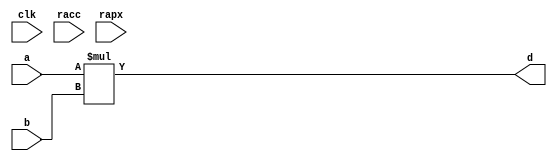
module conf_int_mul__noFF__arch_agnos( clk, racc, rapx, a, b, d);
   parameter OP_BITWIDTH = 16; 
   parameter DATA_PATH_BITWIDTH = 24;
   
   input clk;
   input racc;
   input rapx;
   input [DATA_PATH_BITWIDTH -1: 0] a;
   input [DATA_PATH_BITWIDTH -1 - 11: 0] b;
   output [(DATA_PATH_BITWIDTH + DATA_PATH_BITWIDTH ) - 1 - 11 : 0] d;
   assign d = $signed(a) * $signed(b);
endmodule

// *** F:DN multiplier wrapper
//module conf_int_mul__noFF__arch_agnos__w_wrapper( clk, racc, rapx, A_in_to_wrapper, B_in_to_wrapper, d, state, rstP, P, count0);

module conf_int_mul__noFF__arch_agnos__w_wrapper (A_in_to_wrapper, B_in_to_wrapper, state_in_to_wrapper, rstP, clk, racc,rapx, P, count0, state_out_of_wrapper);
   parameter OP_BITWIDTH = 16; //operator bit width
   parameter DATA_PATH_BITWIDTH = 24; //flip flop Bit width
   
   input [DATA_PATH_BITWIDTH -1: 0] A_in_to_wrapper;
   input [DATA_PATH_BITWIDTH -1 - 11: 0] B_in_to_wrapper;
   input [8:0] count0;
   input [2:0] state_in_to_wrapper;      
   output [2:0] state_out_of_wrapper;      
   input rstP; 
   input clk;
   input racc; //accurate bits reset  
   input rapx; //apx bits reset
   output [31:0] P; 

   wire [DATA_PATH_BITWIDTH -1: 0] A_in;
   wire [DATA_PATH_BITWIDTH -1 -11: 0] B_in;
   //wire [2*(DATA_PATH_BITWIDTH) - 1 : 0] d_;
   wire [(DATA_PATH_BITWIDTH + DATA_PATH_BITWIDTH) - 1 -11: 0] d_internal;
   wire [DATA_PATH_BITWIDTH -1 : 0] A_in_to_multiply;
   wire [DATA_PATH_BITWIDTH -1 - 11 : 0] B_in_to_multiply;
   //.................................................... 
   reg [DATA_PATH_BITWIDTH -1 : 0] a_reg;
   reg [DATA_PATH_BITWIDTH -1 -11: 0] b_reg;
   reg [31: 0] P_tmp;
   reg [31: 0] c_reg;  
   reg [2:0] state;      
   // *** F:DN combination logic 
   assign A_in = a_reg;
   assign B_in = b_reg;
  
//   assign A_in_to_multiply =  (state == 3'b010) ? (A_in << 8): {A_in[DATA_PATH_BITWIDTH: `OP_BITWIDTH], {(`OP_BITWIDTH){1'b0}}};
//   assign B_in_to_multiply =  (state == 3'b010) ? {B_in[DATA_PATH_BITWIDTH:`OP_BITWIDTH], {(`OP_BITWIDTH){1'b0}}} : {B_in[DATA_PATH_BITWIDTH:`OP_BITWIDTH], {(`OP_BITWIDTH){1'b0}}};
  
   //assign A_in_to_multiply =  (state == 3'b010) ? (A_in << 8): A_in;
   assign A_in_to_multiply =  A_in;
   assign B_in_to_multiply =  B_in;
   assign P = c_reg;
   //assign d_internal = (state == 3'b010) ? (d_internal>>8) : d_internal;
 
   // synopsys dc_script_begin
   //set_dont_touch d_internal
   // synopsys dc_script_end
   //assign d_internal = d_internal;

   conf_int_mul__noFF__arch_agnos #(OP_BITWIDTH, DATA_PATH_BITWIDTH) mul__inst(.clk(clk), .racc(racc), .rapx(rapx), .a(A_in_to_multiply), .b(B_in_to_multiply), .d(d_internal));
   //multiply mul(A_in_to_multiply, B_in_to_multiply, d_internal);

   assign state_out_of_wrapper = state;
   // *** F:DN sequential logic
   always@(posedge clk or posedge racc)
   begin 
       if (racc == 1'b1)begin
           state <= 0;
       end
       else begin
          state <= state_in_to_wrapper; 
       end
   end
   
   always@(posedge clk or posedge racc)
   begin
       if (racc == 1'b1)begin
//           a_reg[DATA_PATH_BITWIDTH -1: DATA_PATH_BITWIDTH - OP_BITWIDTH] <= 0;
//           b_reg[DATA_PATH_BITWIDTH -1: DATA_PATH_BITWIDTH - OP_BITWIDTH] <= 0;
           a_reg <= 0;
           b_reg <= 0;
       end
       else begin 
           //** lower chunk 
           if ((state == 3'b001 && count0 == 9'd63) || (state == 3'b010)) begin
               if (rapx == 1'b1 && ~(racc)) begin  
                   //A[DATA_PATH_BITWIDTH:a1_cut] <= A_in_to_wrapper; //commented out since a1_cut is set to be zero all the time
                   a_reg[DATA_PATH_BITWIDTH - 1 :0] <= ({A_in_to_wrapper[DATA_PATH_BITWIDTH - 1 -8:0], 8'b0});
                   b_reg[DATA_PATH_BITWIDTH -1 - 11: DATA_PATH_BITWIDTH - OP_BITWIDTH] <= B_in_to_wrapper[DATA_PATH_BITWIDTH -1 -11: DATA_PATH_BITWIDTH - OP_BITWIDTH  -1];
                   //b_reg[DATA_PATH_BITWIDTH - OP_BITWIDTH -1 :0] <= B_in_to_wrapper[DATA_PATH_BITWIDTH - OP_BITWIDTH -1 :0];
                   b_reg[DATA_PATH_BITWIDTH - OP_BITWIDTH -1 :0] <= 0;
               end
               else begin
                   //A[h:a1_cut] <= A_in_to_wrapper; //commented out since a1_cut is always set to zero
                   a_reg[DATA_PATH_BITWIDTH -1 :0] <= {A_in_to_wrapper[DATA_PATH_BITWIDTH - 1 - 8:0], 8'b0};
                   b_reg[DATA_PATH_BITWIDTH -1 -11 :0] <= {B_in_to_wrapper[DATA_PATH_BITWIDTH -1 -11:0], 1'b0};
               end       
           end
           else if ((state == 3'b011) || (state == 3'b100))begin
               if (rapx == 1'b1 && ~(racc))begin  
                   a_reg[DATA_PATH_BITWIDTH -1: DATA_PATH_BITWIDTH - OP_BITWIDTH] <= A_in_to_wrapper[DATA_PATH_BITWIDTH -1 : DATA_PATH_BITWIDTH - OP_BITWIDTH];
                   a_reg[DATA_PATH_BITWIDTH - OP_BITWIDTH -1 :0] <=  0;// {(OP_BITWIDTH){1'b0}};
                   b_reg[DATA_PATH_BITWIDTH -1 - 11: DATA_PATH_BITWIDTH - OP_BITWIDTH] <= B_in_to_wrapper[DATA_PATH_BITWIDTH -1 -11 : DATA_PATH_BITWIDTH - OP_BITWIDTH];
                   b_reg[DATA_PATH_BITWIDTH - OP_BITWIDTH -1 :0] <= 0;//{(OP_BITWIDTH){1'b0}};
               end
               else begin
                   a_reg[DATA_PATH_BITWIDTH - 1 :0] <=  A_in_to_wrapper[DATA_PATH_BITWIDTH - 1: 0];
                   b_reg[DATA_PATH_BITWIDTH - 1 -11:0] <= B_in_to_wrapper[DATA_PATH_BITWIDTH - 1 -11:0];
               end
           end
       end
   end
  /*
  always@(posedge clk)
  begin
       if (racc == 1'b1)begin
           a_reg [DATA_PATH_BITWIDTH - OP_BITWIDTH -1 :0]<= 0;
           b_reg [DATA_PATH_BITWIDTH - OP_BITWIDTH -1 :0]<= 0;
       end
       else  if ((state == 3'b001 && count0 == 9'd63))
          begin
          if (rapx == 1'b1 && ~(racc))begin  
              //A[DATA_PATH_BITWIDTH:a1_cut] <= A_in_to_wrapper; //commented out since a1_cut is set to be zero all the time
              a_reg[DATA_PATH_BITWIDTH - OP_BITWIDTH -1 + 8 :0] <= ({A_in_to_wrapper[DATA_PATH_BITWIDTH - OP_BITWIDTH -1 :0], 8'b0});
              b_reg[DATA_PATH_BITWIDTH - OP_BITWIDTH -1 :0] <= 0;//{(OP_BITWIDTH){1'b0}};
          end
          else begin
              //A[h:a1_cut] <= A_in_to_wrapper; //commented out since a1_cut is always set to zero
              a_reg[DATA_PATH_BITWIDTH - OP_BITWIDTH -1 + 8 :0] <= {A_in_to_wrapper[DATA_PATH_BITWIDTH - OP_BITWIDTH -1 :0], 8'b0};
              b_reg[DATA_PATH_BITWIDTH - OP_BITWIDTH -1 :0] <= B_in_to_wrapper[DATA_PATH_BITWIDTH - OP_BITWIDTH -1 :0];
          end       
      end
      else if (state == 3'b010) begin
          if (state_in_to_wrapper != 3'b011) begin 
              if (rapx == 1'b1 && ~(racc))begin  
                  //A[DATA_PATH_BITWIDTH:a1_cut] <= A_in_to_wrapper; //commented out since a1_cut is set to be zero all the time
                  a_reg[DATA_PATH_BITWIDTH - OP_BITWIDTH -1 + 8 :0] <= ({A_in_to_wrapper[DATA_PATH_BITWIDTH - OP_BITWIDTH -1 :0],  8'b0});
                  b_reg[DATA_PATH_BITWIDTH - OP_BITWIDTH -1 :0] <= 0;//{(OP_BITWIDTH){1'b0}};
              end
              else begin
                  //A[h:a1_cut] <= A_in_to_wrapper; //commented out since a1_cut is always set to zero
                  a_reg[DATA_PATH_BITWIDTH - OP_BITWIDTH -1 + 8 :0] <= {A_in_to_wrapper[DATA_PATH_BITWIDTH - OP_BITWIDTH -1 :0], 8'b0};
                  b_reg[DATA_PATH_BITWIDTH - OP_BITWIDTH -1 :0] <= B_in_to_wrapper[DATA_PATH_BITWIDTH - OP_BITWIDTH -1 :0];
              end
          end
          else begin 
              if (rapx == 1'b1 && ~(racc))begin  
                  //A[DATA_PATH_BITWIDTH:a1_cut] <= A_in_to_wrapper; //commented out since a1_cut is set to be zero all the time
                  a_reg[DATA_PATH_BITWIDTH - OP_BITWIDTH -1  :0] <= A_in_to_wrapper[DATA_PATH_BITWIDTH - OP_BITWIDTH -1 :0];
                  b_reg[DATA_PATH_BITWIDTH - OP_BITWIDTH -1 :0] <= 0;//{(OP_BITWIDTH){1'b0}};
              end
              else begin
                  //A[h:a1_cut] <= A_in_to_wrapper; //commented out since a1_cut is always set to zero
                  a_reg[DATA_PATH_BITWIDTH - OP_BITWIDTH -1 :0] <= A_in_to_wrapper[DATA_PATH_BITWIDTH - OP_BITWIDTH -1 :0];
                  b_reg[DATA_PATH_BITWIDTH - OP_BITWIDTH -1 :0] <= B_in_to_wrapper[DATA_PATH_BITWIDTH - OP_BITWIDTH -1 :0];
              end
          end
      end
      else if ((state == 3'b011) ||
          (state == 3'b100))begin
          if (rapx == 1'b1 && ~(racc))begin  
              a_reg[DATA_PATH_BITWIDTH - OP_BITWIDTH -1 :0] <=  0;// {(OP_BITWIDTH){1'b0}};
              b_reg[DATA_PATH_BITWIDTH - OP_BITWIDTH -1 :0] <= 0;//{(OP_BITWIDTH){1'b0}};
          end
          else begin
              a_reg[DATA_PATH_BITWIDTH - OP_BITWIDTH -1 :0] <=  A_in_to_wrapper[DATA_PATH_BITWIDTH - OP_BITWIDTH - 1: 0];
              b_reg[DATA_PATH_BITWIDTH - OP_BITWIDTH - 1 :0] <= B_in_to_wrapper[DATA_PATH_BITWIDTH - OP_BITWIDTH -1 :0];

          end
      end
  end
*/
   always@(posedge clk)
   begin
       if (rstP == 1'b1) begin
           c_reg <= 32'b0;
       end
       else if (state ==  3'b010)begin
           //P_tmp[31:0] = ({{3{d_internal[31+8]}}, d_internal[31+8:3+8]});
           //P_tmp[31:0] = d_internal[31+8:8];
           
           P_tmp[31:0] = {d_internal[25+8+1:8+1], 6'b0}; //14 bit
           //P_tmp[31:0] = {d_internal[24+8:8], 7'b0}; //13 bit, 26 or 24 bit mul
           //P_tmp[31:0] = {d_internal[23+8:8], 8'b0}; //11 bit, 26 or 24 bit mul
           //P_tmp[31:0] = {d_internal[22+8:8], 9'b0}; //11 bit, 26 or 24 bit mul
           //P_tmp[31:0] = {d_internal[21+8:8], 10'b0}; //10 bit, 26 or 24 bit mul
           
           c_reg <= P_tmp;
       end
       else begin
           //c_reg[31:0] <= d_internal[39:8];
           
           c_reg[31:0] <= d_internal[39:8];  //14 bit, 26 bit mul
           //c_reg[31:0] <= d_internal[37:6];  //13 bit, 26 bit mul 
           //c_reg[31:0] <= d_internal[35:4];  //11 bit, 26 bit mul
           //c_reg[31:0] <= d_internal[33:2];  //11 bit, 26 bit mul
           //c_reg[31:0] <= d_internal[31:0];  //10 bit, 26 bit mul
           
           //c_reg[31:0] <= d_internal[37:6];  //14 bit
           
           
           //c_reg[31:0] <= d_internal[39:8];  //16 bit
           //c_reg[31:0] <= {{3{d_internal[39]}}, d_internal[39:11]};
       end
   end

endmodule